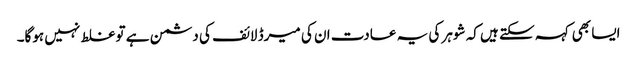
ایسا بھی کہہ سکتے ہیں کہ شوہر کی یہ عادت ان کی میرڈ لائف کی دشمن ہے تو غلط نہیں ہوگا۔